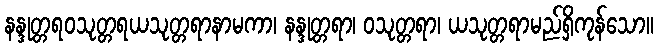
နန္ဒုတ္တရဝသုတ္တရယသုတ္တရာနာမကာ၊ နန္ဒုတ္တရာ၊ ဝသုတ္တရာ၊ ယသုတ္တရာမည်ရှိကုန်သော။